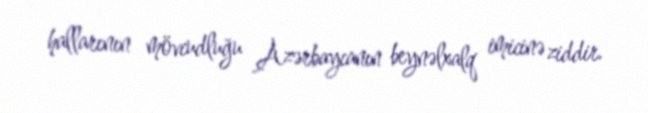
hallarının mövcudluğu Azərbaycanın beynəlxalq imicinə ziddir.